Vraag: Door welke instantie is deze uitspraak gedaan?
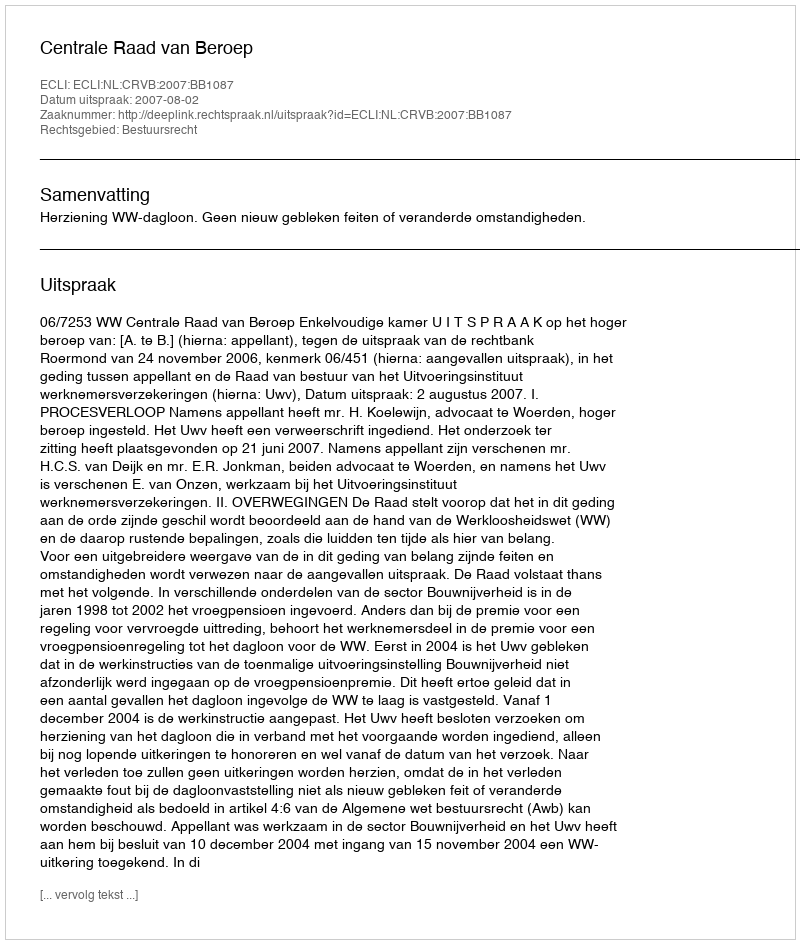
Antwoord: Centrale Raad van Beroep